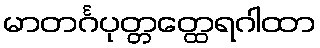
မာတင်္ဂပုတ္တတ္ထေရဂါထာ